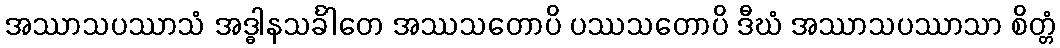
အဿာသပဿာသံ အဒ္ဓါနသင်္ခါတေ အဿသတောပိ ပဿသတောပိ ဒီဃံ အဿာသပဿာသာ စိတ္တံ